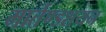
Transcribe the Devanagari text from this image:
मार्तण्डशयन